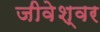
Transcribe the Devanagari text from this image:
जीवेश्वर